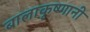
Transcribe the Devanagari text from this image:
बालाकृष्णानी